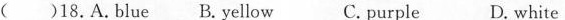
()18.A.Blue B.Yellow C. purple D.white